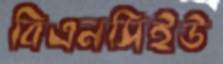
বিএনসিইউ